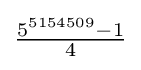
{\tfrac {5^{5154509}-1}{4}}